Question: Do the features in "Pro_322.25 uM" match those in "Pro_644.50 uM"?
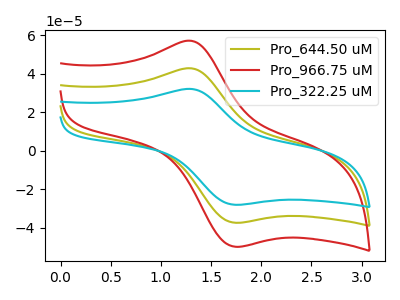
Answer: <think>The olive curve "Pro_644.50 uM" has an anodic peak at (1.30V, 42.70uA) and a cathodic peak at (1.80V, -37.30uA). The red curve "Pro_966.75 uM" has an anodic peak at (1.30V, 85.40uA) and a cathodic peak at (1.80V, -74.60uA). The cyan curve "Pro_322.25 uM" has an anodic peak at (1.30V, 32.05uA) and a cathodic peak at (1.80V, -27.95uA).
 All the peaks in "Pro_322.25 uM" have a peak in "Pro_644.50 uM" at the same potential. Every peak in "Pro_322.25 uM" is lower than every peak in "Pro_644.50 uM".</think>
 <answer>"Pro_322.25 uM" and "Pro_644.50 uM" are similar in shape.</answer>
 <eval>same_shape</eval>